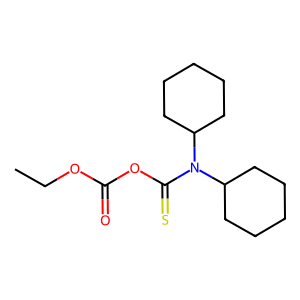
SMILES: CCOC(=O)OC(=S)N(C1CCCCC1)C1CCCCC1
Inhibits HIV replication: No